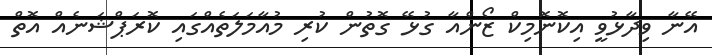
އޭނާ ވިދާޅުވީ އިކޮނޮމިކް ޒޯންއާ ގުޅޭ ގޮތުން ކުރި މުއާމަލަތެއްގައި ކޮރަޕްޝަނެއް އޮތް